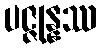
ပဇ္ဇုန္နဿ